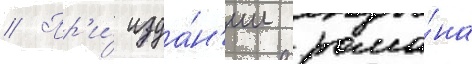
// Пр'и́ изда́н'ии рома́на